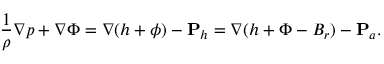
\frac { 1 } { \rho } \nabla p + \nabla \Phi = \nabla ( h + \phi ) - { \bf P } _ { h } = \nabla ( h + \Phi - B _ { r } ) - { \bf P } _ { a } .